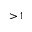
> 1